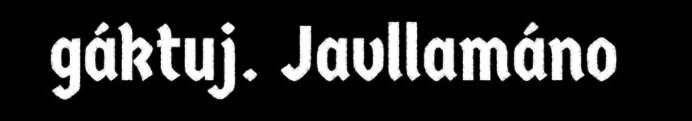
gáktuj. Javllamáno